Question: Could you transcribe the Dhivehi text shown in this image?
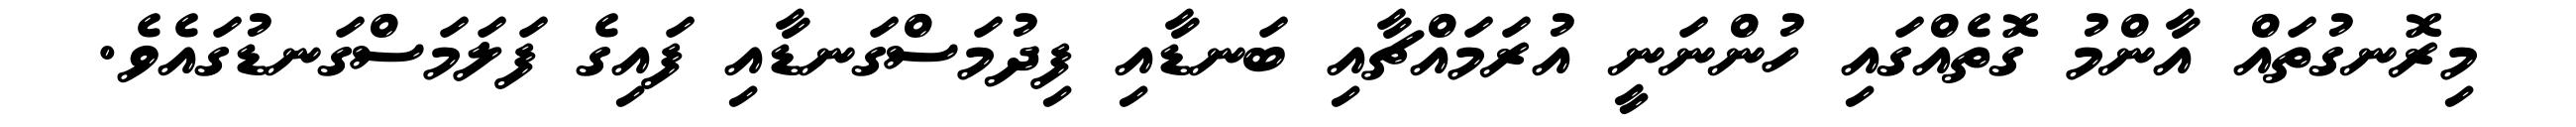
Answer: މިރޮނގުތައް އާންމު ގޮތެއްގައި ހުންނަނީ އުރަމައްޗާއި ބަނޑާއި ފިދުމަސްގަނޑާއި ފައިގެ ފަލަމަސްގަނޑުގައެވެ.